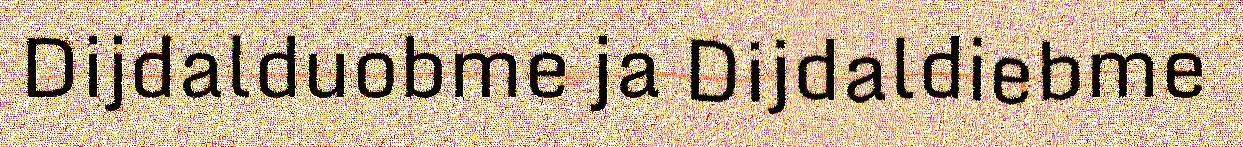
Dijdalduobme ja Dijdaldiebme